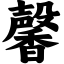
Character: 馨